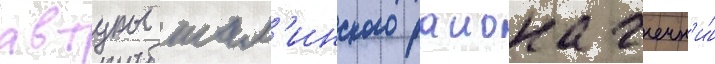
автуры шал'инского раиона чечн'и́